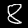
Digit: 8